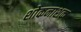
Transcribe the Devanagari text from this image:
शोकनाशक